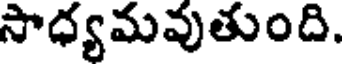
సాధ్యమవుతుంది.